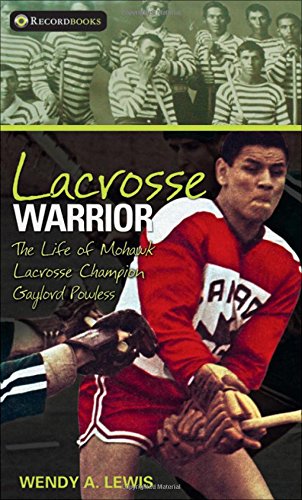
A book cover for Lacrosse Warrior: The Life of Mohawk Lacrosse Champion Gaylord Powless (Lorimer Recordbooks); Wendy A. Lewis; Teen & Young Adult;